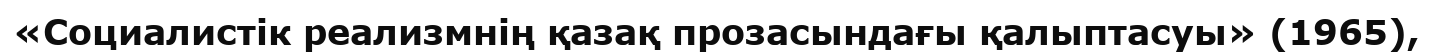
«Социалистік реализмнің қазақ прозасындағы қалыптасуы» (1965),